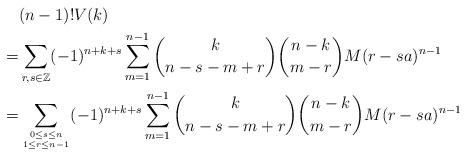
LaTeX: \begin{align*}&(n-1)!V(k)\\ =&\sum_{r,s\in\mathbb{Z}}(-1)^{n+k+s} \sum_{m=1}^{n-1} {k\choose n-s-m+r}{n-k \choose m-r}M(r-sa)^{n-1}\\ =&\sum_{0\le s\le n\atop1\le r\le n-1}(-1)^{n+k+s} \sum_{m=1}^{n-1} {k\choose n-s-m+r}{n-k \choose m-r}M(r-sa)^{n-1}\end{align*}